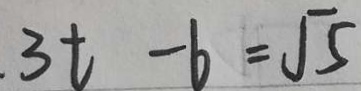
3 t - 6 = \sqrt { 5 }